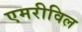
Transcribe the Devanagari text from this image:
एमरीविल